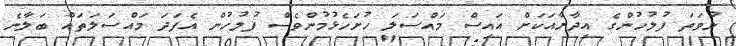
ނުވަތަ ފުލުހުންގެ އިދާރާއަކަށް އައިސް މައްސަލަ ހުށަހެޅުމުންވެސް ފުލުހުން އެފަދަ މައްސަލަތައް ބަލާނެ